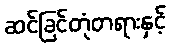
ဆင်ခြင်တုံတရားနှင့်